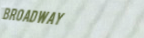
BROADWAY